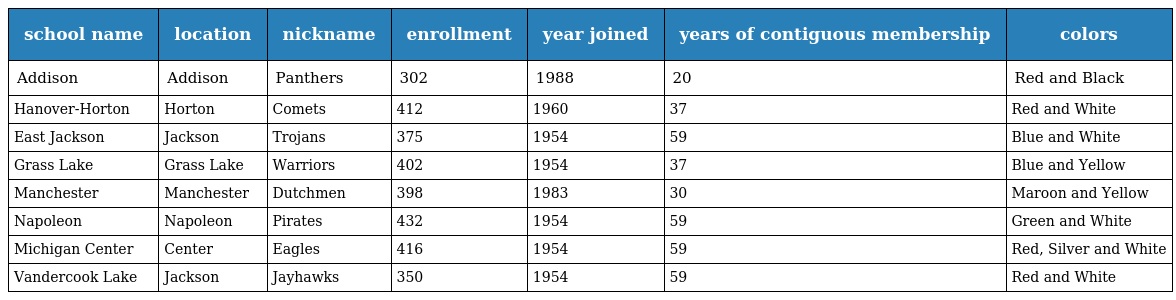
| school name | location | nickname | enrollment | year joined | years of contiguous membership | colors |
 | --- | --- | --- | --- | --- | --- | --- |
 | Addison | Addison | Panthers | 302 | 1988 | 20 | Red and Black |
 | Hanover-Horton | Horton | Comets | 412 | 1960 | 37 | Red and White |
 | East Jackson | Jackson | Trojans | 375 | 1954 | 59 | Blue and White |
 | Grass Lake | Grass Lake | Warriors | 402 | 1954 | 37 | Blue and Yellow |
 | Manchester | Manchester | Dutchmen | 398 | 1983 | 30 | Maroon and Yellow |
 | Napoleon | Napoleon | Pirates | 432 | 1954 | 59 | Green and White |
 | Michigan Center | Center | Eagles | 416 | 1954 | 59 | Red, Silver and White |
 | Vandercook Lake | Jackson | Jayhawks | 350 | 1954 | 59 | Red and White |